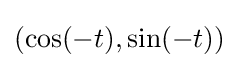
(\cos(-t),\sin(-t))